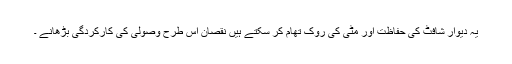
یہ دیوار شافٹ کی حفاظت اور مٹی کی روک تھام کر سکتے ہیں نقصان اس طرح وصولی کی کارکردگی بڑھانے ۔